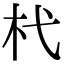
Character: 杙